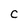
Character: C